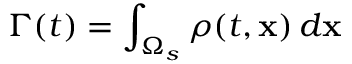
\Gamma ( t ) = \int _ { \Omega _ { s } } \rho ( t , \mathbf { x } ) \, d \mathbf { x }